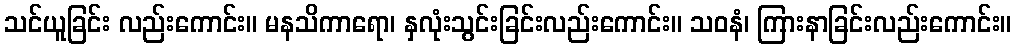
သင်ယူခြင်း လည်းကောင်း။ မနသိကာရော၊ နှလုံးသွင်းခြင်းလည်းကောင်း။ သဝနံ၊ ကြားနာခြင်းလည်းကောင်း။